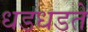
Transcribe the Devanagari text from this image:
धडधडते